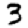
Digit: 3